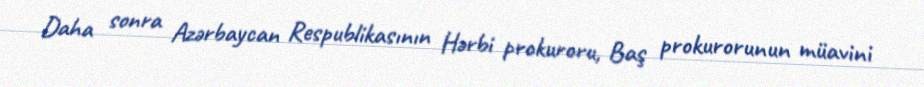
Daha sonra Azərbaycan Respublikasının Hərbi prokuroru, Baş prokurorunun müavini